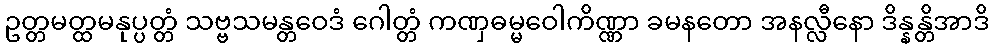
ဥတ္တမတ္ထမနုပ္ပတ္တံ သဗ္ဗသမန္တဝေဒံ ဂေါတ္တံ ကဏှဓမ္မဝေါကိဏ္ဏာ ခမနတော အနလ္လီနော ဒိန္နန္တိအာဒိ